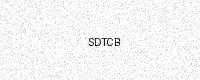
Text: SDTCB